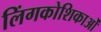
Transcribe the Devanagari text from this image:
लिंगकोशिकाओं